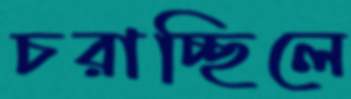
চরাচ্ছিলে